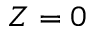
Z = 0